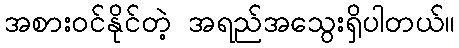
အစားဝင်နိုင်တဲ့ အရည်အသွေးရှိပါတယ်။